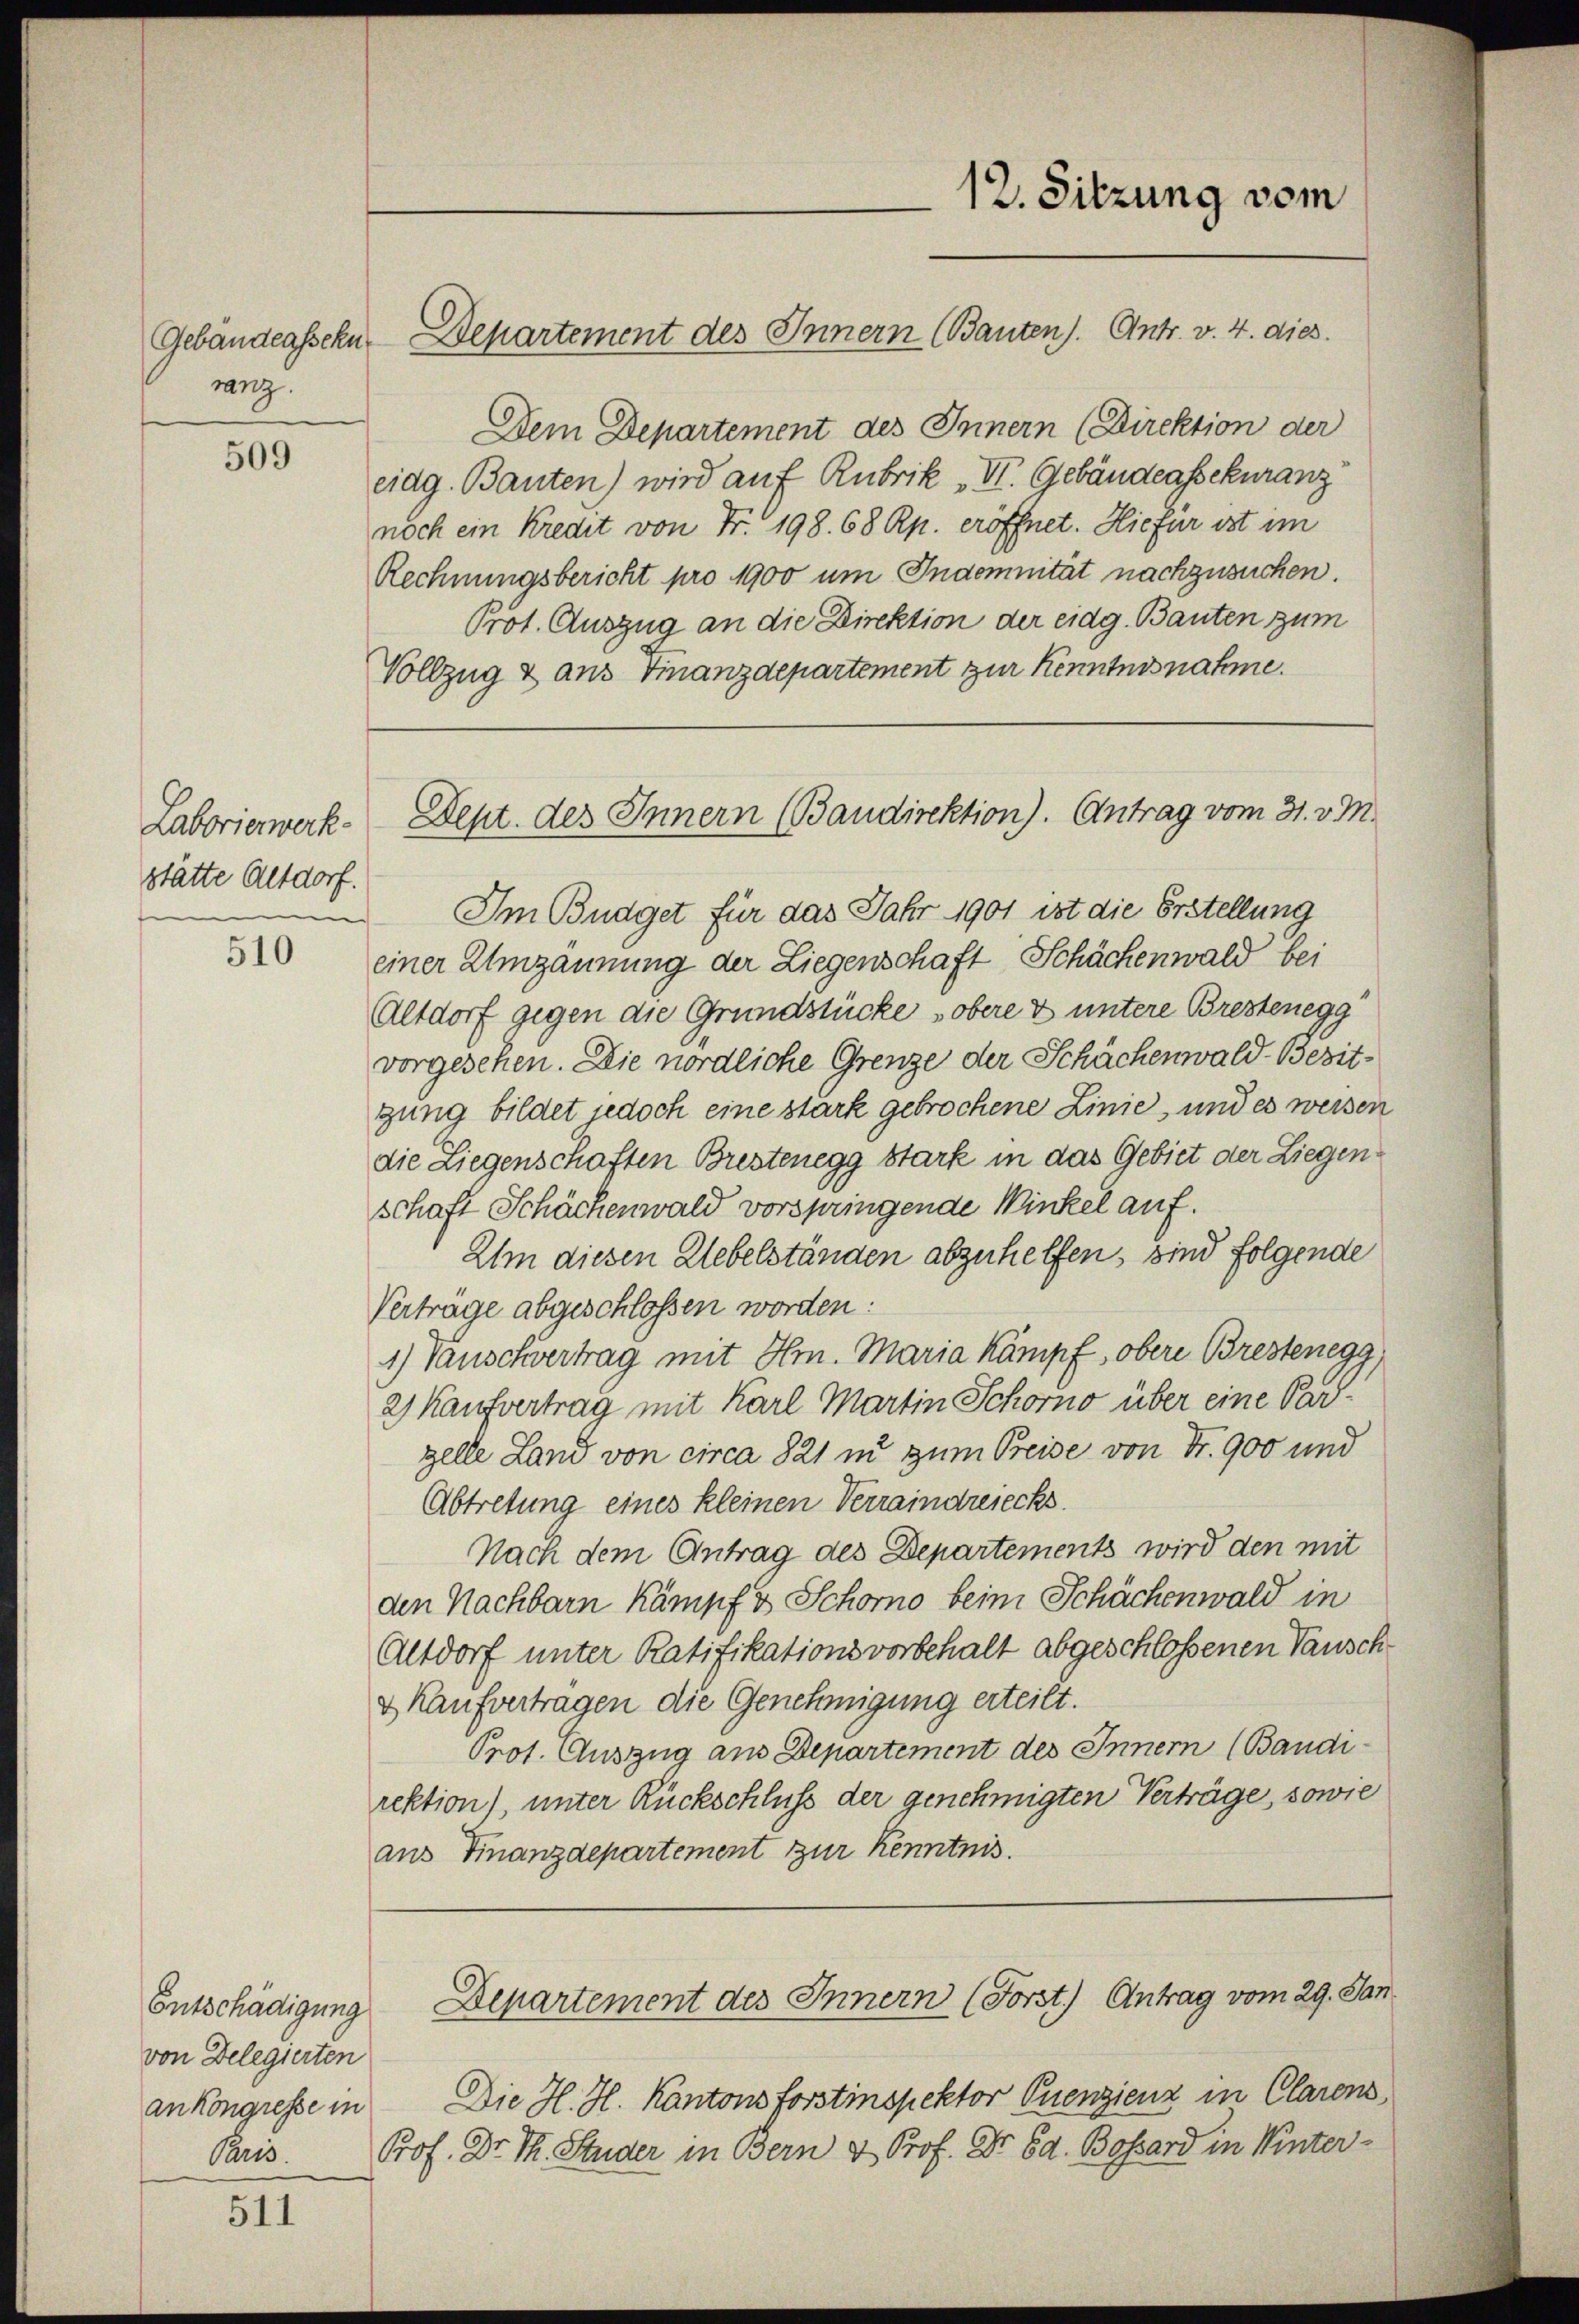
ranz.

509

Laborierwerkstätte Altdorf.

510

Entschädigung
von Delegierten
an Kongresse in
Paris.

511

Dem Departement des Innern (Direktion der
eidg. Bauten) wird auf Rubrik „VI. Gebäudeassekuranz
noch ein Kredit von Fr. 198. 68 Rp. eröffnet. Hiefür ist im
Rechnungsbericht pro 1900 um Indemnität nachzusuchen.
Prot. Auszug an die Direktion der eidg. Bauten zum
Vollzug & aus Finanzdepartement zur Kenntnisnahme.

Gebäudeassen. Departement des Innern (Bauten). Antr. v. 4. dies

Im Budget für das Jahr 1901 ist die Erstellung
einer Umzännung der Liegenschaft Schächenwald bei
Altdorf gegen die Grundstücke obere & untere Brestenegg
vorgesehen. Die nördliche Grenze der Schächenwald Besitgung bildet jedoch eine stark gebrochene Linie, und es weisen
die Liegenschaften Brestenegg stark in das Gebiet der Liegenschaft Schächenwald vorspringende Winkel auf.
Um diesen Uebelständen abzuhelfen, sind folgende
Verträge abgeschlossen worden:
1) Tauschvertrag mit Hr. Maria kämpf, obere Brestenegg,
2) Kaufvertrag mit Karl Martin Schorno über eine Parzelle Land von circa 821 in zum Preise von Fr. 900 und
Abtretung eines kleinen Verraindreiecks.
Nach dem Antrag des Departements wird den mit
den Nachbarn Kämpf & Schorno beim Schächenwald in
Altdorf unter Ratifikationsvorbehalt abgeschloßenen Tausch
& Kaufvertragen die Genehmigung erteilt.
Prot. Auszug aus Departement des Innern (Bandi-
rektion), unter Rückschluss der genehmigten Verträge, sowie
aus Finanzdepartement zur Kenntnis.

12. Sitzung vom

Dept. des Innern (Baudirektion). Antrag vom 31. v. M.

Departement des Innern (Forst.) Antrag vom 29. Jan

Die H. H. Kantonsforstinspektor Puenzienz in Clarens
Prof. Dr. Th. Studer in Bern & Prof. Dr. Ed. Bossard in Winter¬